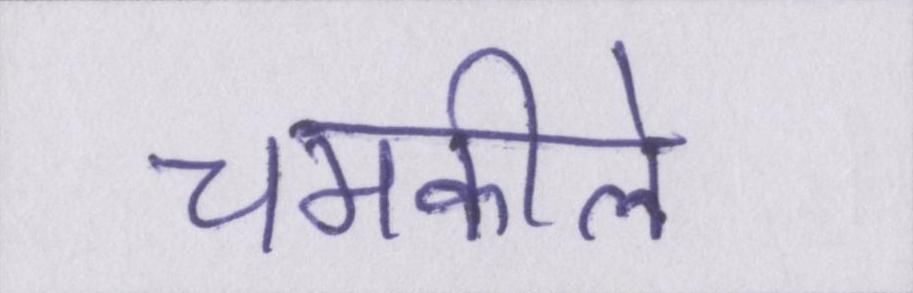
चमकीले